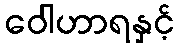
ဝေါဟာရနှင့်